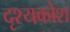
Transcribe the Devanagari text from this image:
दृश्यकोश